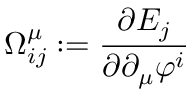
\Omega _ { i j } ^ { \mu } : = \frac { \partial E _ { j } } { \partial \partial _ { \mu } \varphi ^ { i } }